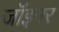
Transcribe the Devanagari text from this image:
जॉइनर